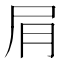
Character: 𫵔